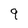
Character: 9